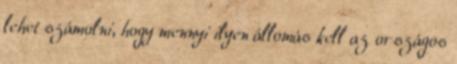
lehet számolni, hogy mennyi ilyen állomás kell az országos